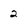
Character: 2